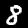
Digit: 8